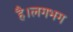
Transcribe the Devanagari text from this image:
है।लगभग